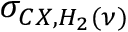
\sigma _ { C X , H _ { 2 } ( \nu ) }